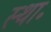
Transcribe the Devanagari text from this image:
स्था॰